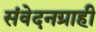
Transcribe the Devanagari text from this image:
संवेदनग्राही